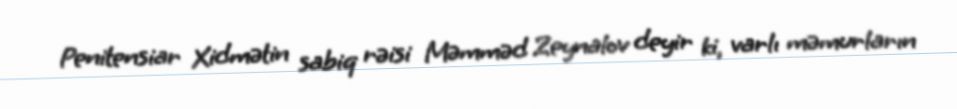
Penitensiar Xidmətin sabiq rəisi Məmməd Zeynalov deyir ki, varlı məmurların